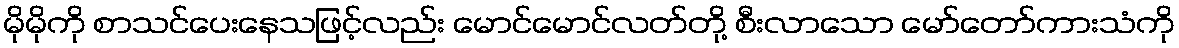
မိုမိုကို စာသင်ပေးနေသဖြင့်လည်း မောင်မောင်လတ်တို့ စီးလာသော မော်တော်ကားသံကို